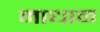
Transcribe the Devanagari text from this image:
माधाळ